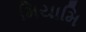
મિયામિ